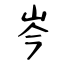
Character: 岑